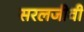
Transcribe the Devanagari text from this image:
सरलजीवी